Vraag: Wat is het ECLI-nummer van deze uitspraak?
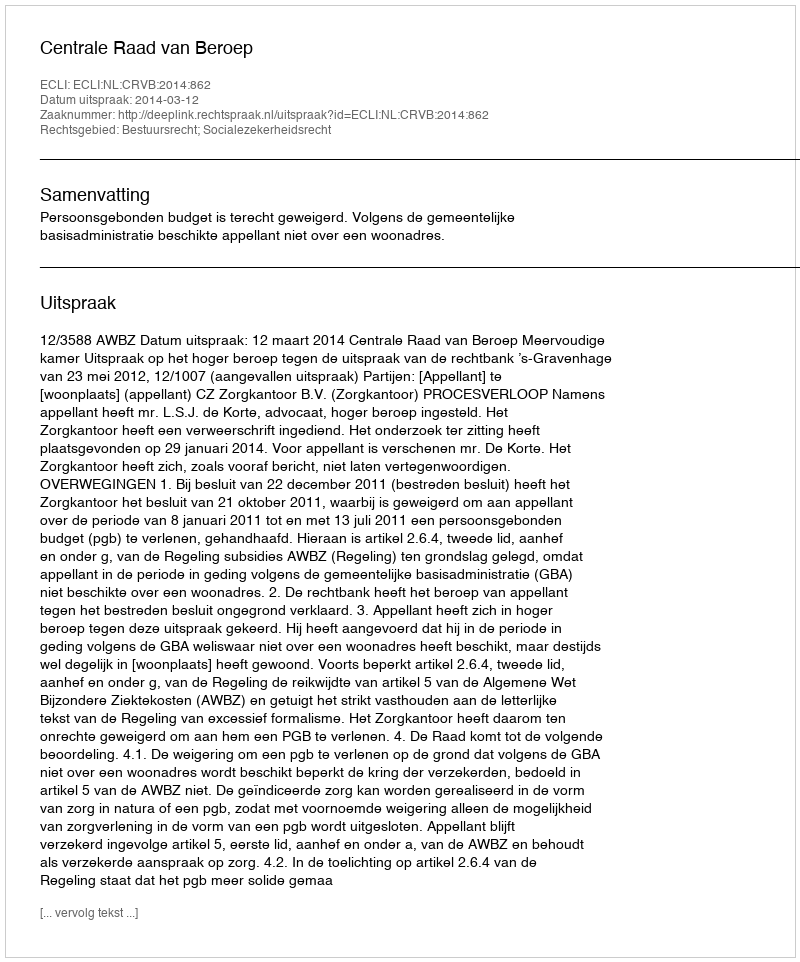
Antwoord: ECLI:NL:CRVB:2014:862